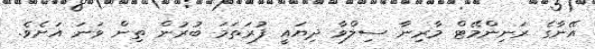
އޭނާގެ ރަނިންމޭޓް މާރިނާ ސިލްވާ ދިޔައީ ފުރަތަމަ ބުރުން ތިން ވަނަ އަށެވެ.